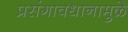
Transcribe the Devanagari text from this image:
प्रसंगावधानामुळे